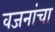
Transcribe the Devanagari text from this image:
वजनांचा